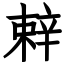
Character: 辢